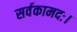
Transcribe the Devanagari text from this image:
सर्वकामदः।